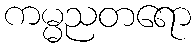
ကမ္မညတရော